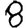
Digit: 8